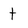
Character: t